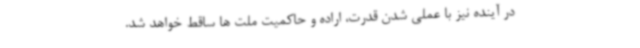
در آینده نیز با عملی شدن قدرت، اراده و حاکمیت ملت ها ساقط خواهد شد.